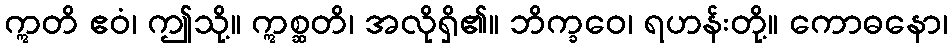
ဣတိ ဧဝံ၊ ဤသို့။ ဣစ္ဆတိ၊ အလိုရှိ၏။ ဘိက္ခဝေ၊ ရဟန်းတို့။ ကောဓနော၊